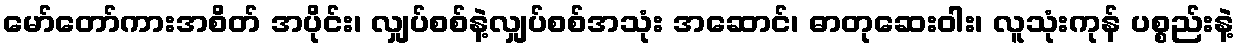
မော်တော်ကားအစိတ် အပိုင်း၊ လျှပ်စစ်နဲ့လျှပ်စစ်အသုံး အဆောင်၊ ဓာတုဆေးဝါး၊ လူသုံးကုန် ပစ္စည်းနဲ့